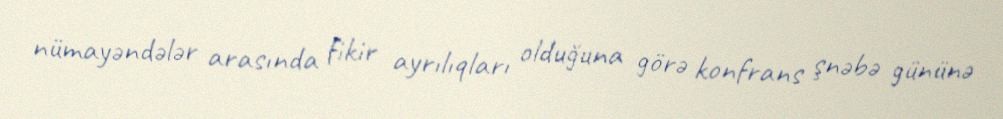
nümayəndələr arasında fikir ayrılıqları olduğuna görə konfrans şnəbə gününə